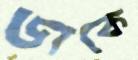
ডাকে